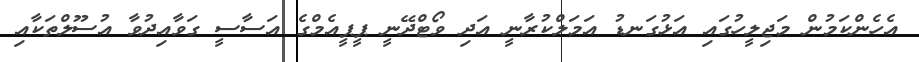
އެހެންކަމުން މަޖިލީހުގައި އަޅުގަނޑު އަމަލްކުރާނީ އަދި ވޯޓްދޭނީ ޕީޕީއެމްގެ އަސާސީ ގަވާއިދުވާ އުސޫލްތަކާއި